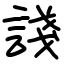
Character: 諓